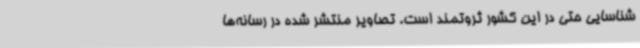
شناسایی حتی در این کشور ثروتمند است. تصاویر منتشر شده در رسانه‌ها